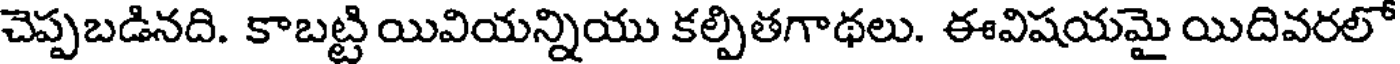
చెప్పబడినది. కాబట్టి యివియన్నియు కల్పితగాథలు. ఈవిషయమై యిదివరలో